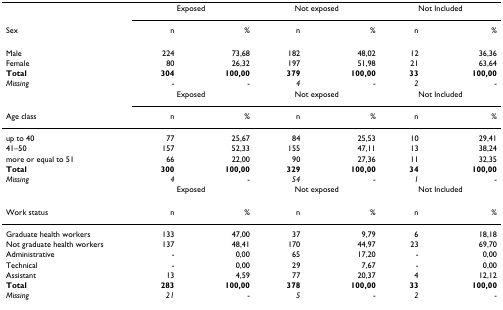
<table><thead><tr><td></td><td colspan="2"><b>Exposed</b></td><td colspan="2"><b>Not exposed</b></td><td colspan="2"><b>Not Included</b></td></tr><tr><td><b>Sex</b></td><td><b>n</b></td><td><b>%</b></td><td><b>n</b></td><td><b>%</b></td><td><b>n</b></td><td><b>%</b></td></tr></thead><tbody><tr><td>Male</td><td>224</td><td>73,68</td><td>182</td><td>48,02</td><td>12</td><td>36,36</td></tr><tr><td>Female</td><td>80</td><td>26,32</td><td>197</td><td>51,98</td><td>21</td><td>63,64</td></tr><tr><td><b>Total</b></td><td><b>304</b></td><td><b>100,00</b></td><td><b>379</b></td><td><b>100,00</b></td><td><b>33</b></td><td><b>100,00</b></td></tr><tr><td><i>Missing</i></td><td>-</td><td>-</td><td><i>4</i></td><td>-</td><td><i>2</i></td><td>-</td></tr><tr><td></td><td colspan="2">Exposed</td><td colspan="2">Not exposed</td><td colspan="2">Not Included</td></tr><tr><td>Age class</td><td>n</td><td>%</td><td>n</td><td>%</td><td>n</td><td>%</td></tr><tr><td>up to 40</td><td>77</td><td>25,67</td><td>84</td><td>25,53</td><td>10</td><td>29,41</td></tr><tr><td>41–50</td><td>157</td><td>52,33</td><td>155</td><td>47,11</td><td>13</td><td>38,24</td></tr><tr><td>more or equal to 51</td><td>66</td><td>22,00</td><td>90</td><td>27,36</td><td>11</td><td>32,35</td></tr><tr><td><b>Total</b></td><td><b>300</b></td><td><b>100,00</b></td><td><b>329</b></td><td><b>100,00</b></td><td><b>34</b></td><td><b>100,00</b></td></tr><tr><td><i>Missing</i></td><td><i>4</i></td><td>-</td><td><i>54</i></td><td>-</td><td><i>1</i></td><td>-</td></tr><tr><td></td><td colspan="2">Exposed</td><td colspan="2">Not exposed</td><td colspan="2">Not Included</td></tr><tr><td>Work status</td><td>n</td><td>%</td><td>n</td><td>%</td><td>n</td><td>%</td></tr><tr><td>Graduate health workers</td><td>133</td><td>47,00</td><td>37</td><td>9,79</td><td>6</td><td>18,18</td></tr><tr><td>Not graduate health workers</td><td>137</td><td>48,41</td><td>170</td><td>44,97</td><td>23</td><td>69,70</td></tr><tr><td>Administrative</td><td>-</td><td>0,00</td><td>65</td><td>17,20</td><td>-</td><td>0,00</td></tr><tr><td>Technical</td><td>-</td><td>0,00</td><td>29</td><td>7,67</td><td>-</td><td>0,00</td></tr><tr><td>Assistant</td><td>13</td><td>4,59</td><td>77</td><td>20,37</td><td>4</td><td>12,12</td></tr><tr><td><b>Total</b></td><td><b>283</b></td><td><b>100,00</b></td><td><b>378</b></td><td><b>100,00</b></td><td><b>33</b></td><td><b>100,00</b></td></tr><tr><td><i>Missing</i></td><td><i>21</i></td><td>-</td><td><i>5</i></td><td>-</td><td><i>2</i></td><td>-</td></tr></tbody></table>